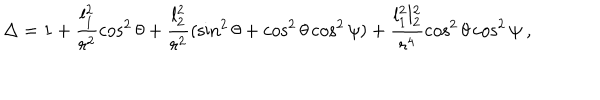
\Delta = 1 + \frac { l _ { 1 } ^ { 2 } } { r ^ { 2 } } \cos ^ { 2 } \theta + \frac { l _ { 2 } ^ { 2 } } { r ^ { 2 } } ( \sin ^ { 2 } \theta + \cos ^ { 2 } \theta \cos ^ { 2 } \psi ) + \frac { l _ { 1 } ^ { 2 } l _ { 2 } ^ { 2 } } { r ^ { 4 } } \cos ^ { 2 } \theta \cos ^ { 2 } \psi \ ,